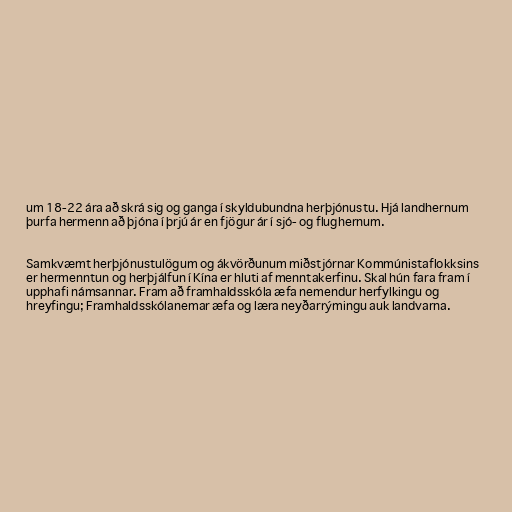
um 18-22 ára að skrá sig og ganga í skyldubundna herþjónustu. Hjá landhernum
þurfa hermenn að þjóna í þrjú ár en fjögur ár í sjó- og flughernum.

Samkvæmt herþjónustulögum og ákvörðunum miðstjórnar Kommúnistaflokksins
er hermenntun og herþjálfun í Kína er hluti af menntakerfinu. Skal hún fara fram í
upphafi námsannar. Fram að framhaldsskóla æfa nemendur herfylkingu og
hreyfingu; Framhaldsskólanemar æfa og læra neyðarrýmingu auk landvarna.